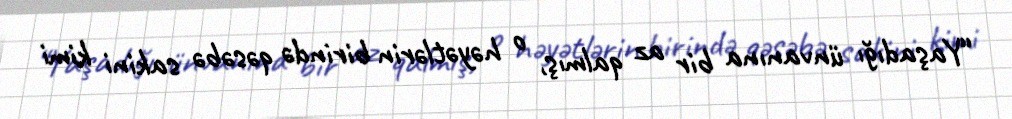
“Yaşadığı ünvanına bir az qalmış, o həyətlərin birində qəsəbə sakini kimi